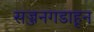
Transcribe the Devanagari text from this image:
सज्जनगडाहून